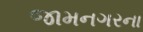
જામનગરના